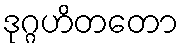
ဒုဂ္ဂဟိတတော